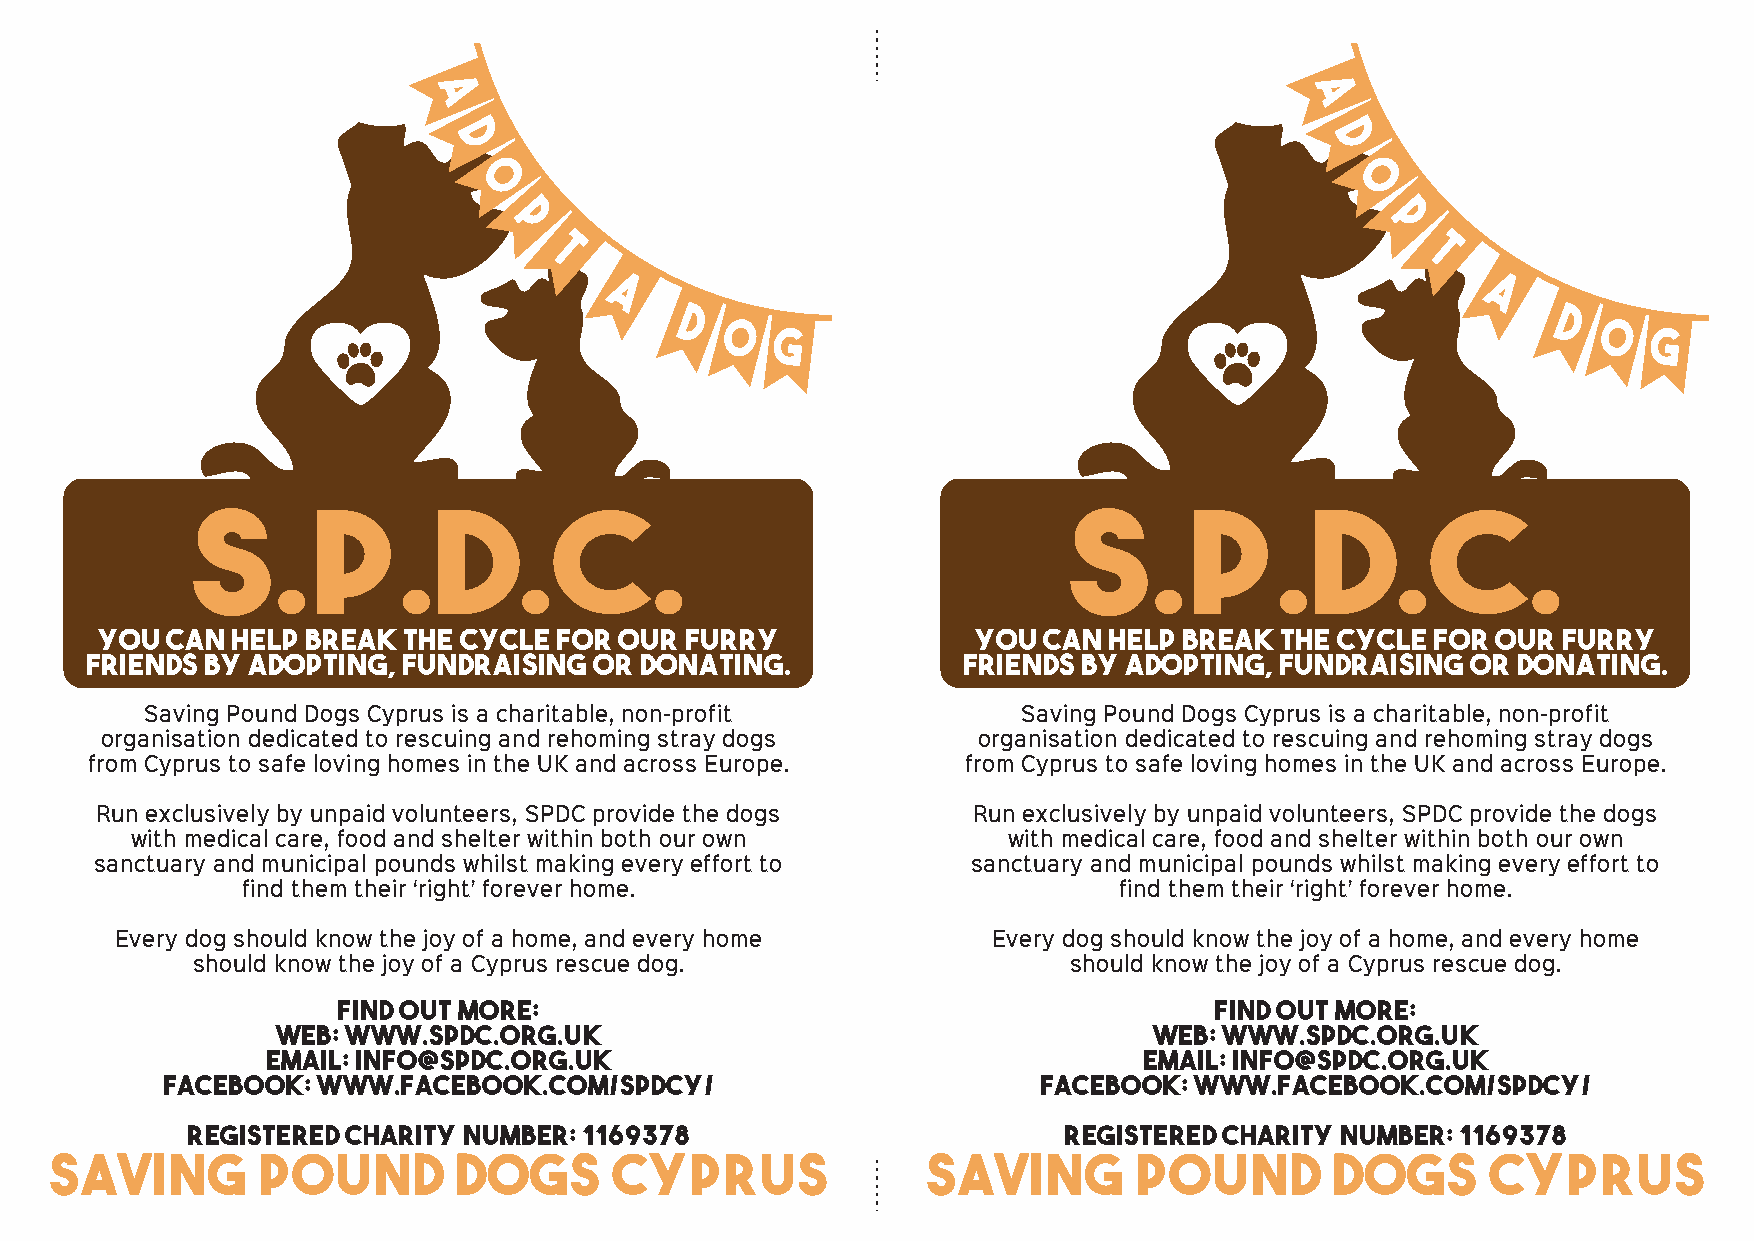
a                                                         a
 d                                                         d
 o                                                         o
 p                                                         p
 t                                                         t
 a                                                         a
 d                                                         d
 o   g                                                      o  g
 S.P.D.C.                                                  S.P.D.C.
 You can help break  the cycle for our furry               You can help break  the cycle for our furry
 friends by adopting, fundraising or donating.             friends by adopting, fundraising or donating.
 Saving Pound Dogs Cyprus is a charitable, non-profit      Saving Pound Dogs Cyprus is a charitable, non-profit
 organisation dedicated to rescuing and rehoming stray dogs organisation dedicated to rescuing and rehoming stray dogs
 from Cyprus to safe loving homes in the UK and across Europe. from Cyprus to safe loving homes in the UK and across Europe.
 Run exclusively by unpaid volunteers, SPDC provide the dogs Run exclusively by unpaid volunteers, SPDC provide the dogs
 with medical care, food and shelter within both our own   with medical care, food and shelter within both our own
 sanctuary and municipal pounds whilst making every effort to sanctuary and municipal pounds whilst making every effort to
 find them their ‘right’ forever home.                     find them their ‘right’ forever home.
 Every dog should know the joy of a home, and every home   Every dog should know the joy of a home, and every home
 should know the joy of a Cyprus rescue dog.               should know the joy of a Cyprus rescue dog.
 Find out more:                                            Find out more:
 web: www.spdc.org.uk                                      web: www.spdc.org.uk
 email: info@spdc.org.uk                                   email: info@spdc.org.uk
 facebook: www.facebook.com/spdcy/                         facebook: www.facebook.com/spdcy/
 Registered charity number: 1169378                        Registered charity number: 1169378
 saving        pound        dogs       cyprus              saving        pound        dogs       cyprus